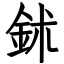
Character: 鉥